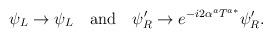
LaTeX: \begin{align*}\psi_L \to \psi_L\quad {\rm and}\quad \psi'_R \to e^{-i 2\alpha^aT^{a*}} \psi'_R.\end{align*}